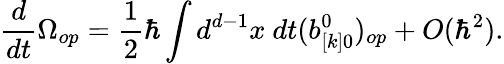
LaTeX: {\frac{d}{dt}}\Omega_{op}={\frac{1}{2}}\hbar\int d^{d-1}x\ dt(b_{[k]0}^{0})_{op}+O(\hbar^{2}).